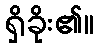
ရှိခိုး၏။